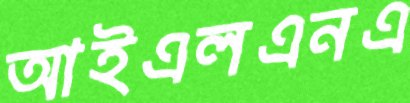
আইএলএনএ